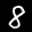
Label: 8